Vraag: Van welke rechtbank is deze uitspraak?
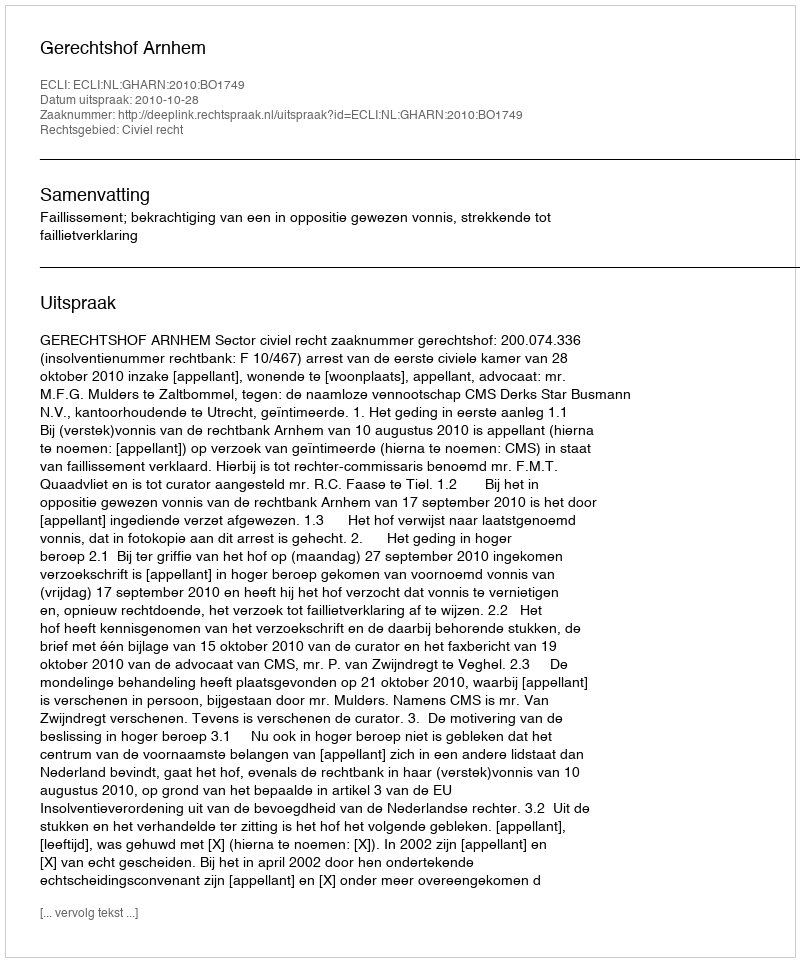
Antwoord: Gerechtshof Arnhem